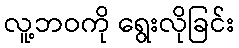
လူ့ဘဝကို ရွေးလိုခြင်း